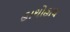
હાથોહાથ